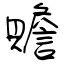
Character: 贍